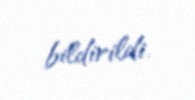
bildirildi.